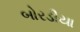
બોરડીયા